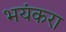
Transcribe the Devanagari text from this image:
भयंकरा